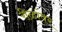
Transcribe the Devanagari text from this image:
रीळांवर